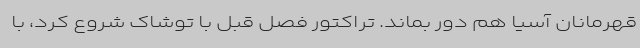
قهرمانان آسیا هم دور بماند. تراکتور فصل قبل با توشاک شروع کرد، با